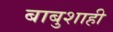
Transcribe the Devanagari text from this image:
बाबुशाही